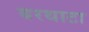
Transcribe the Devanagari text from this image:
बरथाटा